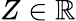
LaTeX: Z\in\mathbb{R}